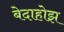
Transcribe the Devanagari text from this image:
बेदाहोझ